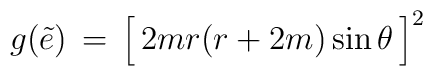
g(\tilde e)\, = \, \Big[\,2m r (r+2m)\sin\theta\,\Big]^2